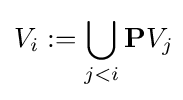
V_{i}:=\bigcup _{j<i}\mathbf {P} V_{j}\!